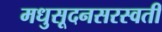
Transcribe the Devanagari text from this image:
मधुसूदनसरस्वती